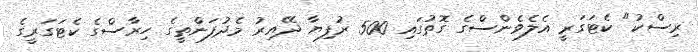
ރިސްކު" ކެޓަގަރީ އެލެވެންސްގެ ގޮތުގައި 500 ރުފިޔާ ދޭއިރު މެދުފަންތީގެ ހިރާސްގެ ކެޓަގަރީގެ